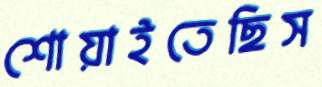
শোয়াইতেছিস